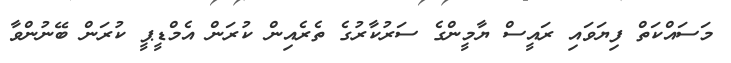
މަސައްކަތް ފިޔަވައި ރައީސް ޔާމީންގެ ސަރުކާރުގެ ތެރެއިން ކުރަން އެމްޑީޕީ ކުރަން ބޭނުންވާ